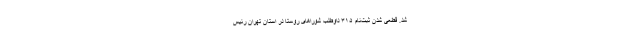
شد. قطعی شدن ثبت‌نام ۳۱۵ داوطلب شوراهای روستا در استان تهران رئیس